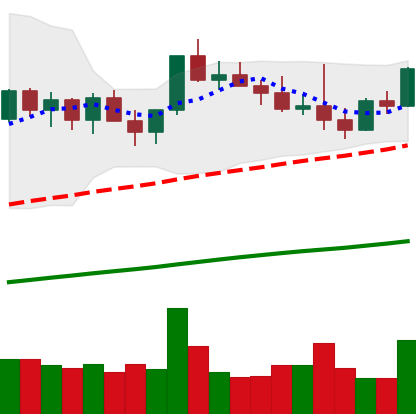
Ticker: NEO-USD
Chart end date: 2021-03-28
Forward return: 18.981%
Label: up_7plus